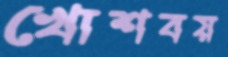
খোশবয়